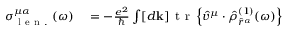
\begin{array} { r l } { \sigma _ { \mathrm { ~ l ~ e ~ n ~ . ~ } } ^ { \mu \alpha } ( \omega ) } & { { } = - \frac { e ^ { 2 } } { \hslash } \int [ d \mathbf { k } ] \, \mathrm { ~ t ~ r ~ } \left\{ \hat { v } ^ { \mu } \cdot \hat { \rho } _ { \hat { r } ^ { \alpha } } ^ { ( 1 ) } ( \omega ) \right\} } \end{array}